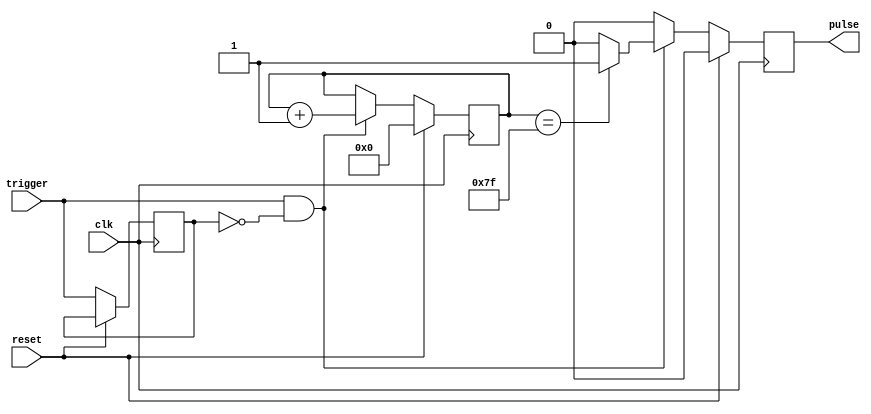
module pulse_generator (
    input trigger,
    input reset,
    input clk,
    output reg pulse
);

reg [7:0] counter;
reg pulse_reg;
reg sync;

always @(posedge clk) begin
    if (reset) begin
        counter <= 8'b0;
        pulse_reg <= 1'b0;
    end else begin
        if (trigger && !sync) begin
            counter <= counter + 1;
            if (counter == 8'd127) begin
                pulse_reg <= 1'b1;
            end else begin
                pulse_reg <= 1'b0;
            end
        end else begin
            pulse_reg <= 1'b0;
        end
        
        sync <= trigger;
    end
end

assign pulse = pulse_reg;

endmodule